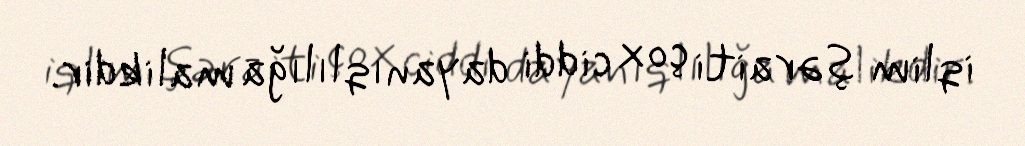
iqlim şəraiti çox ciddi dayanıqlılığa malikdir.